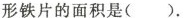
形铁片的面积是().